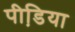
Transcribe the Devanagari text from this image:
पीडि़या